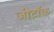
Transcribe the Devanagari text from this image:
जीटॉक